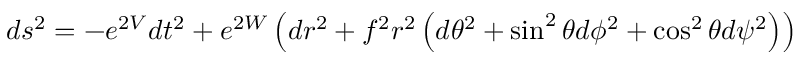
d s ^ { 2 } = - e ^ { 2 V } d t ^ { 2 } + e ^ { 2 W } \left( d r ^ { 2 } + f ^ { 2 } r ^ { 2 } \left( d \theta ^ { 2 } + \sin ^ { 2 } \theta d \phi ^ { 2 } + \cos ^ { 2 } \theta d \psi ^ { 2 } \right) \right)